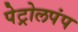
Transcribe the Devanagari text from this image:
पेट्रोलपंप